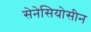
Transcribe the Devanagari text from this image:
सेनेसियोसीन